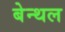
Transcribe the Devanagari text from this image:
बेन्थल